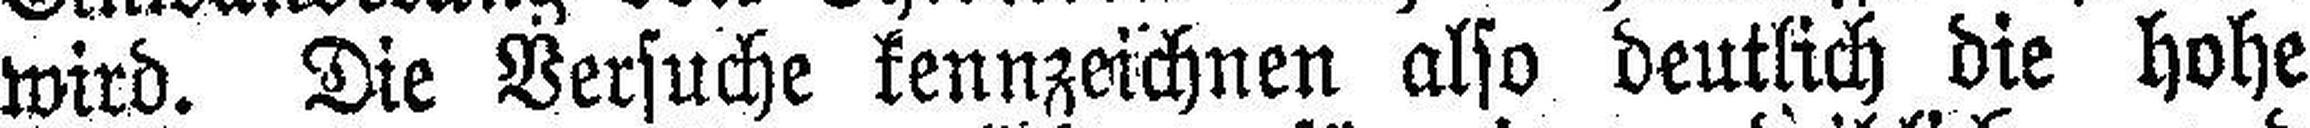
wird. Die Versuche kennzeichnen also deutlich die hohe